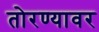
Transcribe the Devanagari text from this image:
तोरण्यावर